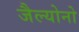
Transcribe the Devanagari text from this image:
जैल्योनो